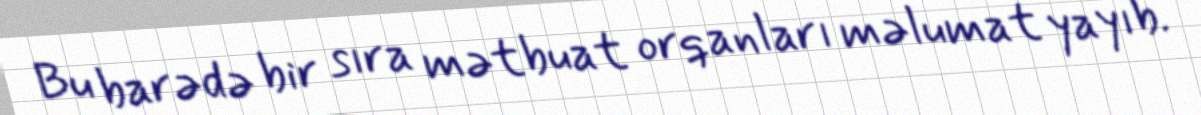
Bu barədə bir sıra mətbuat orqanları məlumat yayıb.